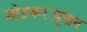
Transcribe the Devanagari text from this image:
छोड़कर।यूनान